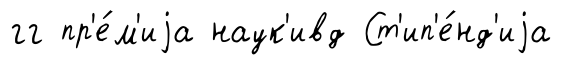
гг пр'е́м'иjа наук'ивд Ст'ип'е́нд'иjа